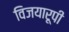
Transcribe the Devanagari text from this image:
विजयारूपी